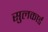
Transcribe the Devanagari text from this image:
सुलकार्ड